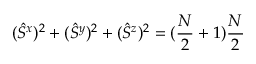
( \hat { S } ^ { x } ) ^ { 2 } + ( \hat { S } ^ { y } ) ^ { 2 } + ( \hat { S } ^ { z } ) ^ { 2 } = ( \frac { N } { 2 } + 1 ) \frac { N } { 2 }